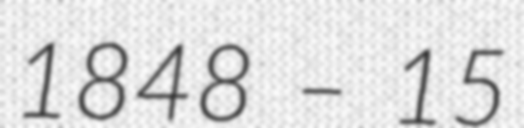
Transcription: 1848 – 15